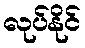
လုပ်နိုင်